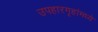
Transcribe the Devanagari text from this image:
उपहारगृहांमध्ये